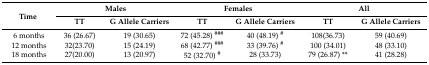
<table><thead><tr><td rowspan="2"><b>Time</b></td><td colspan="2"><b>Males</b></td><td colspan="2"><b>Females</b></td><td colspan="2"><b>All</b></td></tr><tr><td><b>TT</b></td><td><b>G Allele Carriers</b></td><td><b>TT</b></td><td><b>G Allele Carriers</b></td><td><b>TT</b></td><td><b>G Allele Carriers</b></td></tr></thead><tbody><tr><td>6 months</td><td>36 (26.67)</td><td>19 (30.65)</td><td>72 (45.28) <sup>###</sup></td><td>40 (48.19) <sup>#</sup></td><td>108(36.73)</td><td>59 (40.69)</td></tr><tr><td>12 months</td><td>32(23.70)</td><td>15 (24.19)</td><td>68 (42.77) <sup>###</sup></td><td>33 (39.76) <sup>#</sup></td><td>100 (34.01)</td><td>48 (33.10)</td></tr><tr><td>18 months</td><td>27(20.00)</td><td>13 (20.97)</td><td>52 (32.70) <sup>#</sup></td><td>28 (33.73)</td><td>79 (26.87) **</td><td>41 (28.28)</td></tr></tbody></table>